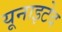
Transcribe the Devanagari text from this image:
यूनाइटेद